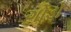
ગોડો